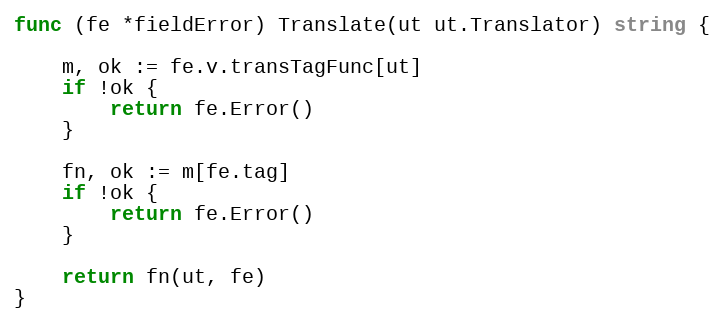
Language: Go
func (fe *fieldError) Translate(ut ut.Translator) string {

	m, ok := fe.v.transTagFunc[ut]
	if !ok {
		return fe.Error()
	}

	fn, ok := m[fe.tag]
	if !ok {
		return fe.Error()
	}

	return fn(ut, fe)
}